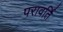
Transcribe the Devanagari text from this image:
परावर्ति